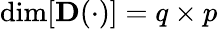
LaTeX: \dim[\mathbf{D}(\cdot)]=q\times p